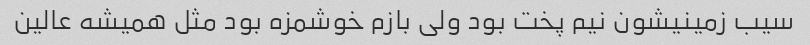
سیب زمینیشون نیم پخت بود ولی بازم خوشمزه بود مثل همیشه عالین